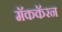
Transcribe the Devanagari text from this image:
मॅककॅरन